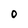
Character: 0